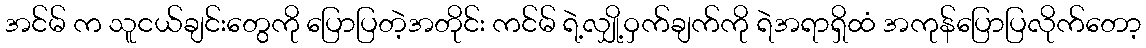
အင်မ် က သူငယ်ချင်းတွေကို ပြောပြတဲ့အတိုင်း ကင်မ် ရဲ့လျှို့ဝှက်ချက်ကို ရဲအရာရှိထံ အကုန်ပြောပြလိုက်တော့